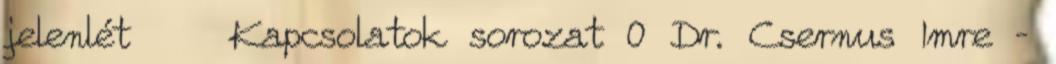
jelenlét Kapcsolatok sorozat 0 Dr. Csernus Imre –